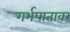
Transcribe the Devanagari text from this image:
गर्भपातावर